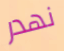
نهدر